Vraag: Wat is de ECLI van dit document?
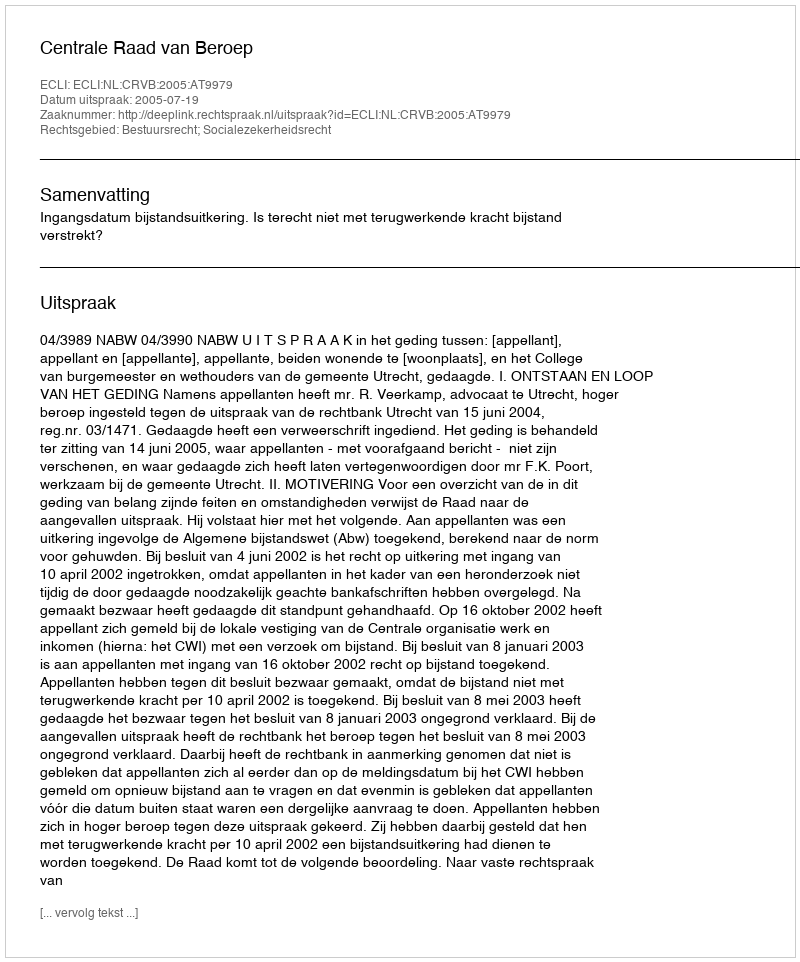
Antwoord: ECLI:NL:CRVB:2005:AT9979